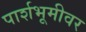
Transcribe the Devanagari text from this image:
पार्शभूमीवर